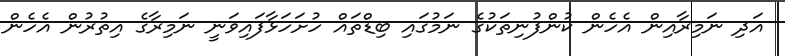
އަދި ނަމިރާއިން އެހެން ކުންފުނިތަކުގެ ނަމުގައި ބިޑްތައް ހުށަހަޅާފައިވަނީ ނަމިރާގެ އިތުރުން އެހެން